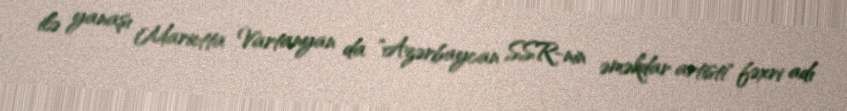
ilə yanaşı Marietta Vartanyan da "Azərbaycan SSR-nin əməkdar artisti" fəxri adı